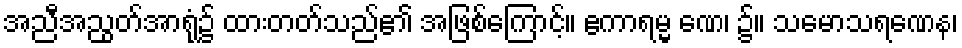
အညီအညွတ်အာရုံ၌ ထားတတ်သည်၏ အဖြစ်ကြောင့်။ ဧကာရမ္မ ဏေ၊ ၌။ သမောသရဏေန၊